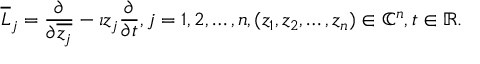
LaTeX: { \overline { { L } } } _ { j } = { \frac { \partial } { \partial { \overline { { z _ { j } } } } } } - \imath z _ { j } { \frac { \partial } { \partial t } } , j = 1 , 2 , \ldots , n , ( z _ { 1 } , z _ { 2 } , \ldots , z _ { n } ) \in \mathbb { C } ^ { n } , t \in \mathbb { R } .